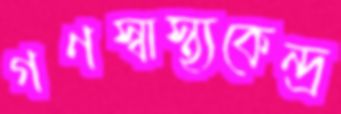
গণস্বাস্থ্যকেন্দ্র